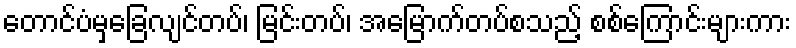
တောင်ပံမှခြေလျင်တပ်၊ မြင်းတပ်၊ အမြောက်တပ်စသည့် စစ်ကြောင်းများကား